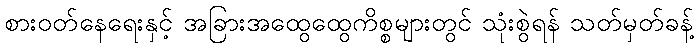
စားဝတ်နေရေးနှင့် အခြားအထွေထွေကိစ္စများတွင် သုံးစွဲရန် သတ်မှတ်ခန့်